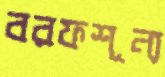
বরফশূন্য